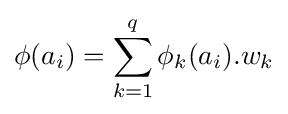
\phi (a_{i})=\displaystyle \sum _{k=1}^{q}\phi _{k}(a_{i}).w_{k}